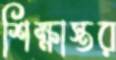
শিক্ষাস্তর